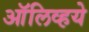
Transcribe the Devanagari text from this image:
ऑलिव्हये